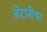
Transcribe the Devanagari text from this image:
बोटानीचर